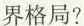
界格局?